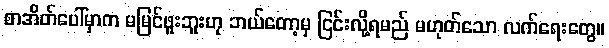
စာအိတ်ပေါ်မှာက မမြင်ဖူးဘူးဟု ဘယ်တော့မှ ငြင်းလို့ရမည် မဟုတ်သော လက်ရေးတွေ။